画像に写った文字を読んでください
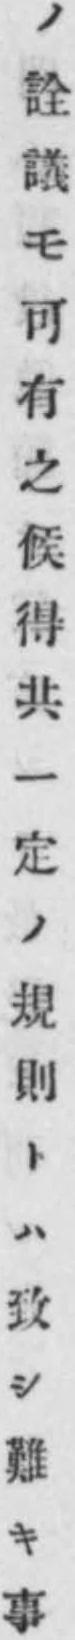
「ノ詮議モ可有之候得共一定ノ規則トハ致シ難キ事」と書いてあります